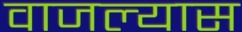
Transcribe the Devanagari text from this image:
वाजल्यास